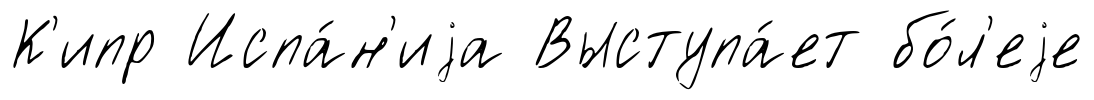
К'ипр Испа́н'иjа Выступа́ет бо́л'еjе